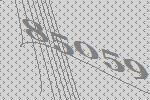
85059